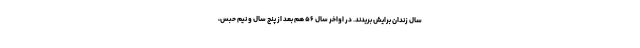
سال زندان برایش بریدند. در اواخر سال ۵۶ هم بعد از پنج سال و نیم حبس،